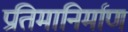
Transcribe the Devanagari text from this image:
प्रतिमानिर्माण